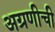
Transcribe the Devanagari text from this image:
अग्रणीची